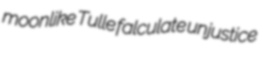
moonlike Tulle falculate unjustice